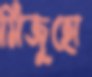
মিজুহো